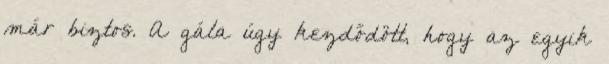
már biztos. A gála úgy kezdődött, hogy az egyik